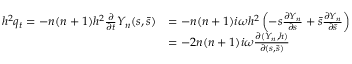
\begin{array} { r l } { h ^ { 2 } q _ { t } = - n ( n + 1 ) h ^ { 2 } \frac { \partial } { \partial t } Y _ { n } ( s , \bar { s } ) } & { = - n ( n + 1 ) i \omega h ^ { 2 } \left( - s \frac { \partial Y _ { n } } { \partial s } + \bar { s } \frac { \partial Y _ { n } } { \partial \bar { s } } \right) } \\ & { = - 2 n ( n + 1 ) i \omega \frac { \partial ( Y _ { n } , h ) } { \partial ( s , \bar { s } ) } } \end{array}